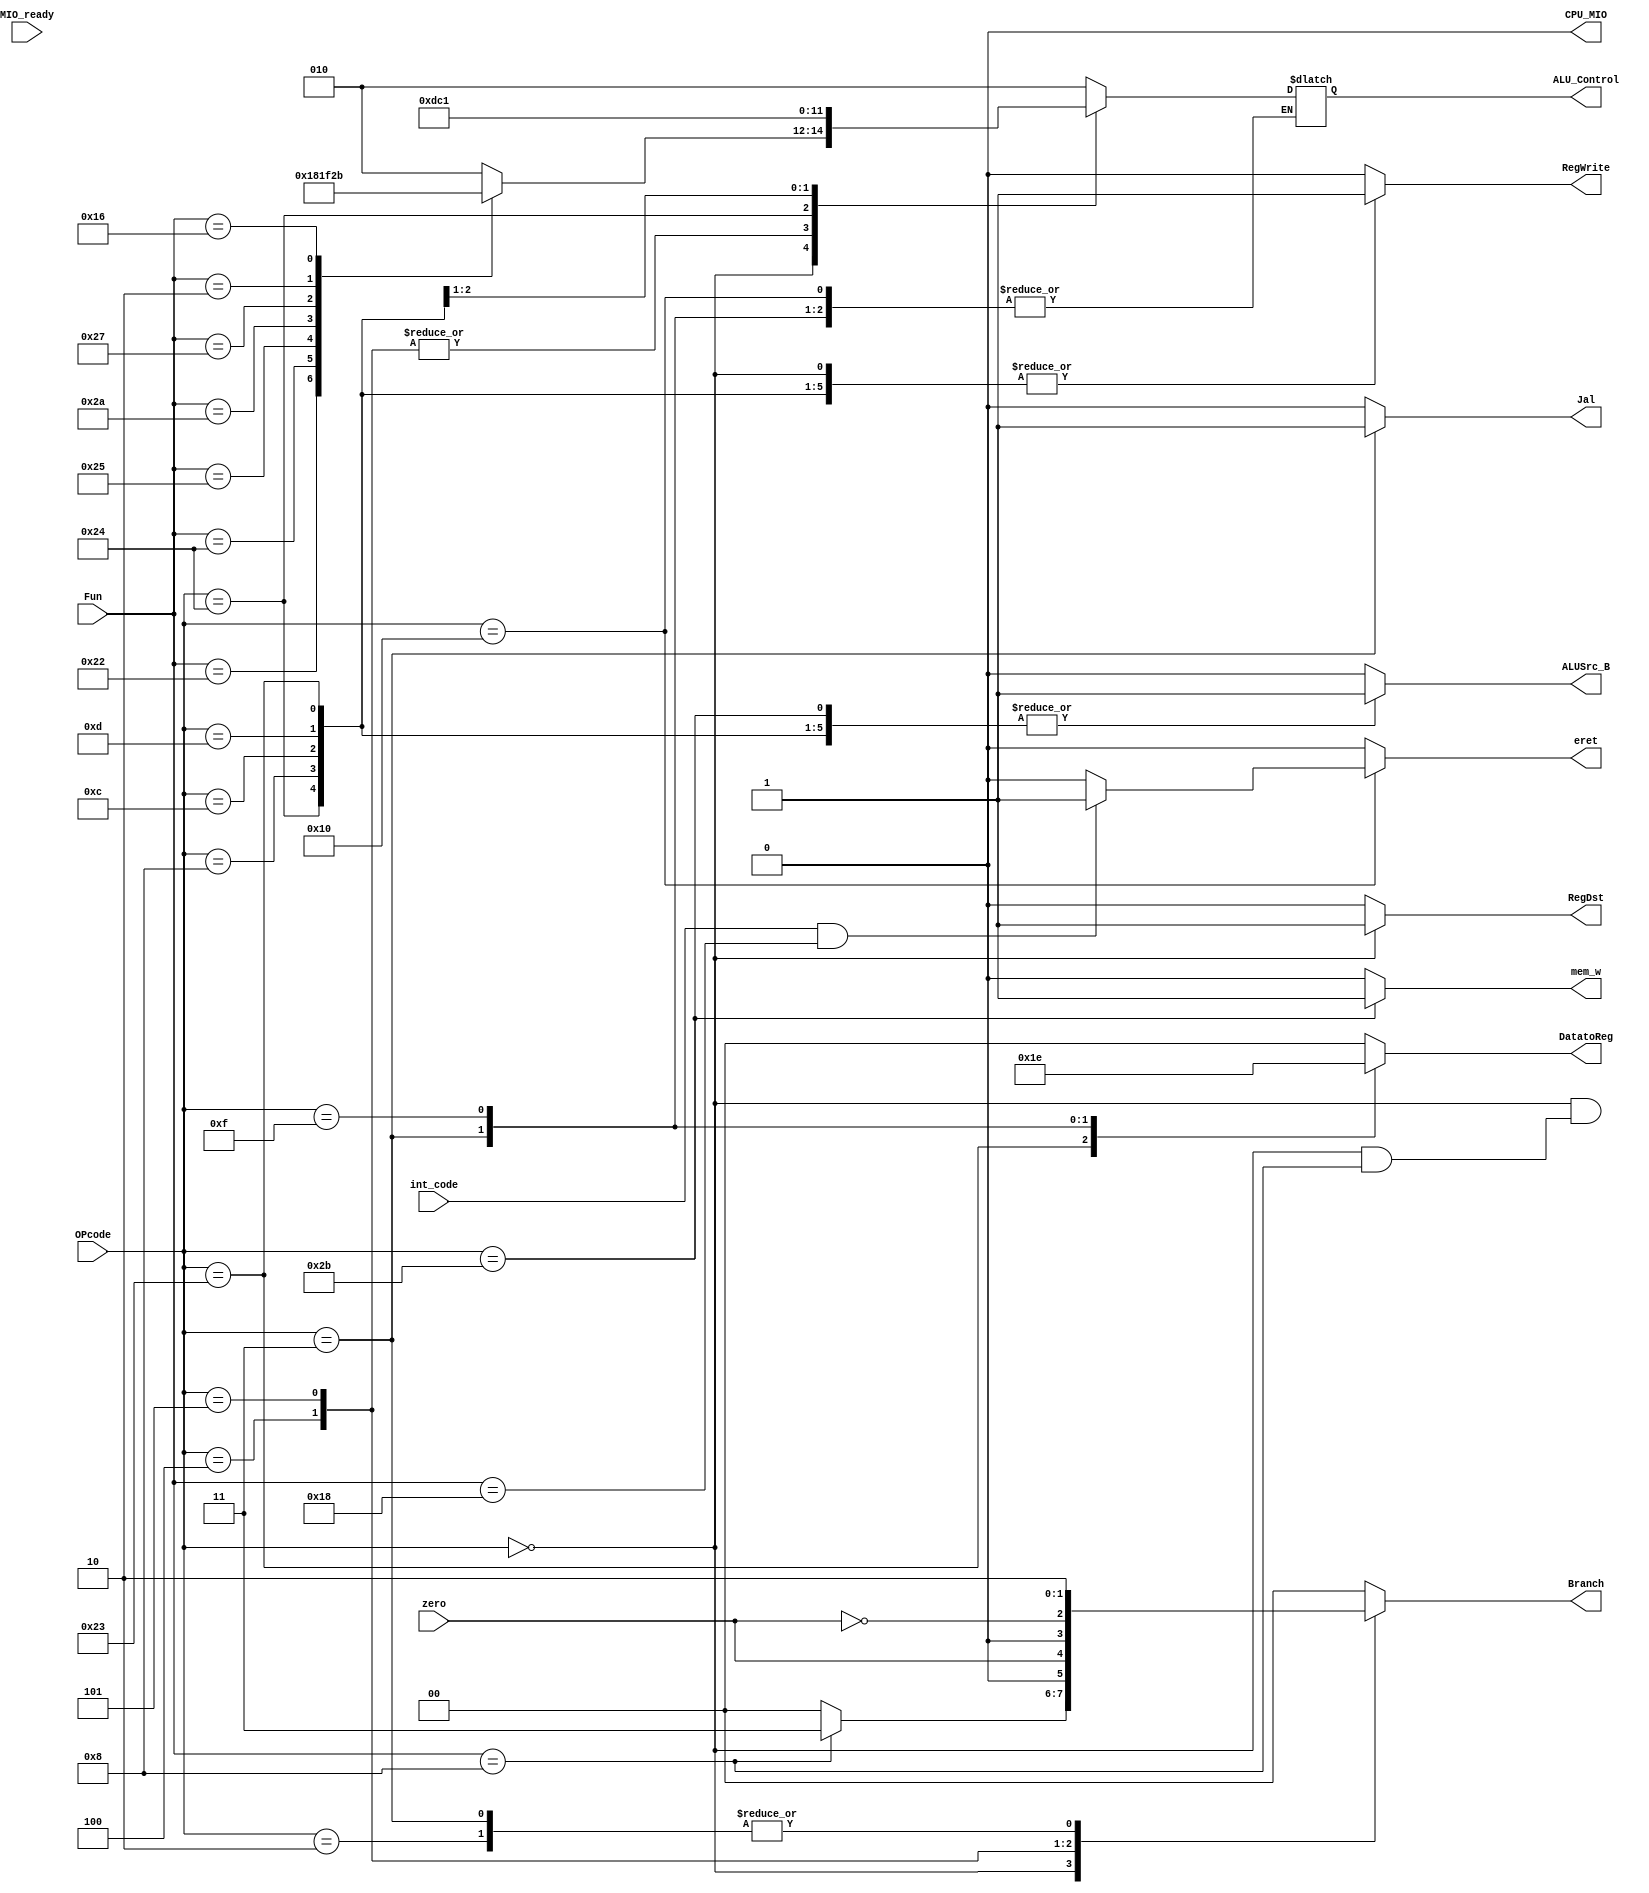
module     SCtrl_INT(input[5:0]OPcode,				
							input[5:0]Fun,					
							input wire int_code,
							 input wire MIO_ready,			
							 input wire zero,					
							 output reg RegDst,
							 output reg ALUSrc_B,
							 output reg [1:0] DatatoReg,
							 output reg Jal,
							 output reg [1:0]Branch,
							 output reg RegWrite,
							 output reg mem_w,
							 output reg [2:0]ALU_Control,
							 output reg eret,
							 output reg CPU_MIO
							);
	always @* begin
		RegDst=0;
		ALUSrc_B=0;
		DatatoReg=2'b00;
		RegWrite=0;
		Branch=2'b00;
		Jal=0;
		mem_w=0;
		CPU_MIO=0;
		eret=0;
			case(OPcode)												
				6'b000000: begin RegDst=1;RegWrite=1;			
							  case(Fun)
								6'b100000: ALU_Control=3'b010;	
								6'b100010: ALU_Control=3'b110;	
								6'b100100: ALU_Control=3'b000;	
								6'b100101: ALU_Control=3'b001;	
								6'b101010: ALU_Control=3'b111;	
								6'b100111: ALU_Control=3'b100;	
								6'b000010: ALU_Control=3'b101;	
								6'b010110: ALU_Control=3'b011;	
								6'h08:	  Branch=2'b11; 			
								default:   ALU_Control=3'bx;
							  endcase
							  end
				6'b100011: begin ALU_Control=3'b010;									
									  ALUSrc_B=1;DatatoReg=2'b01;RegWrite=1;	end	
				6'b101011: begin ALU_Control=3'b010;									
									  ALUSrc_B=1;	mem_w=1;							end	
				6'b000100: begin ALU_Control=3'b110;									
									  Branch={1'b0,zero};							end	
				6'b000010:		  Branch=2'b10;											
				6'h05: 	  begin ALU_Control=3'b110;									
									  Branch={1'b0,~zero};							end	
				6'h24: 	  begin ALU_Control=3'b111;
									  ALUSrc_B=1; RegWrite=1;						end	
				6'h08: 	  begin ALU_Control=3'b010;
									  ALUSrc_B=1;	RegWrite=1;						end	
				6'h0c: 	  begin ALU_Control=3'b000;	
									  ALUSrc_B=1; RegWrite=1;						end	
				6'h0d: 		begin ALU_Control=3'b001;
									   ALUSrc_B=1; RegWrite=1;end							
				6'h03:		begin Jal=1; Branch=2'b10;	
										DatatoReg=2'b11;  RegWrite=1;	end				
				6'h0f: 		begin DatatoReg=2'b10;		RegWrite=1;end				
				6'h10: if (int_code & Fun == 6'h18) eret=1;							
				default: 		  ALU_Control=3'b010;	
			endcase
	end
endmodule